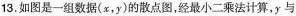
13.如图是一组数据(x，y)的散点图，经最小二乘法计算，y与